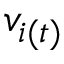
v _ { i ( t ) }